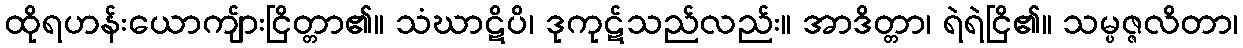
ထိုရဟန်းယောကျ်ားငြိတ္တာ၏။ သံဃာဋိပိ၊ ဒုကုဋ်သည်လည်း။ အာဒိတ္တာ၊ ရဲရဲငြိ၏။ သမ္ပဇ္ဇလိတာ၊